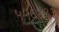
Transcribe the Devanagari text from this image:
५५६४३३